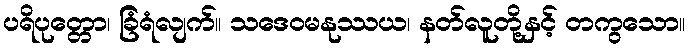
ပရိပုတ္တော၊ ခြံရံလျက်။ သဒေဝမနုဿယ၊ နတ်လူတို့နှင့် တကွသော။